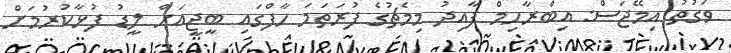
ވަގުތު އިމޭޖަސް: އިބްރާހިމް ފާއިދު މިމެޗުގެ ފުރަތަމަ ހާފްގައި ބީޖީއަށް ލީޑު ފުޅާކުރުމަށް